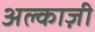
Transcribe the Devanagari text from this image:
अल्काज़ी